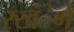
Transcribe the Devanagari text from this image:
रखंेगे